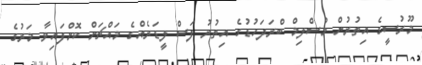
މޫރުސީގެ އިތުރުން މުސްލިމް ބްރަދަހުޑުގެ އިތުރު ފަސް ލީޑަރެއްގެ މައްޗަށް ކޮށްފައިވާ މަރުގެ